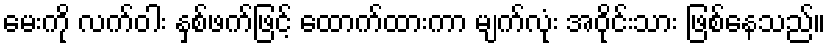
မေးကို လက်ဝါး နှစ်ဖက်ဖြင့် ထောက်ထားကာ မျက်လုံး အဝိုင်းသား ဖြစ်နေသည်။